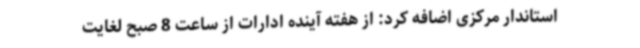
استاندار مرکزی اضافه کرد: از هفته آینده ادارات از ساعت 8 صبح لغایت